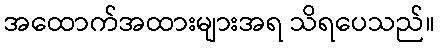
အထောက်အထားများအရ သိရပေသည်။